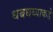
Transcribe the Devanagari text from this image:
धबधब्याकडे